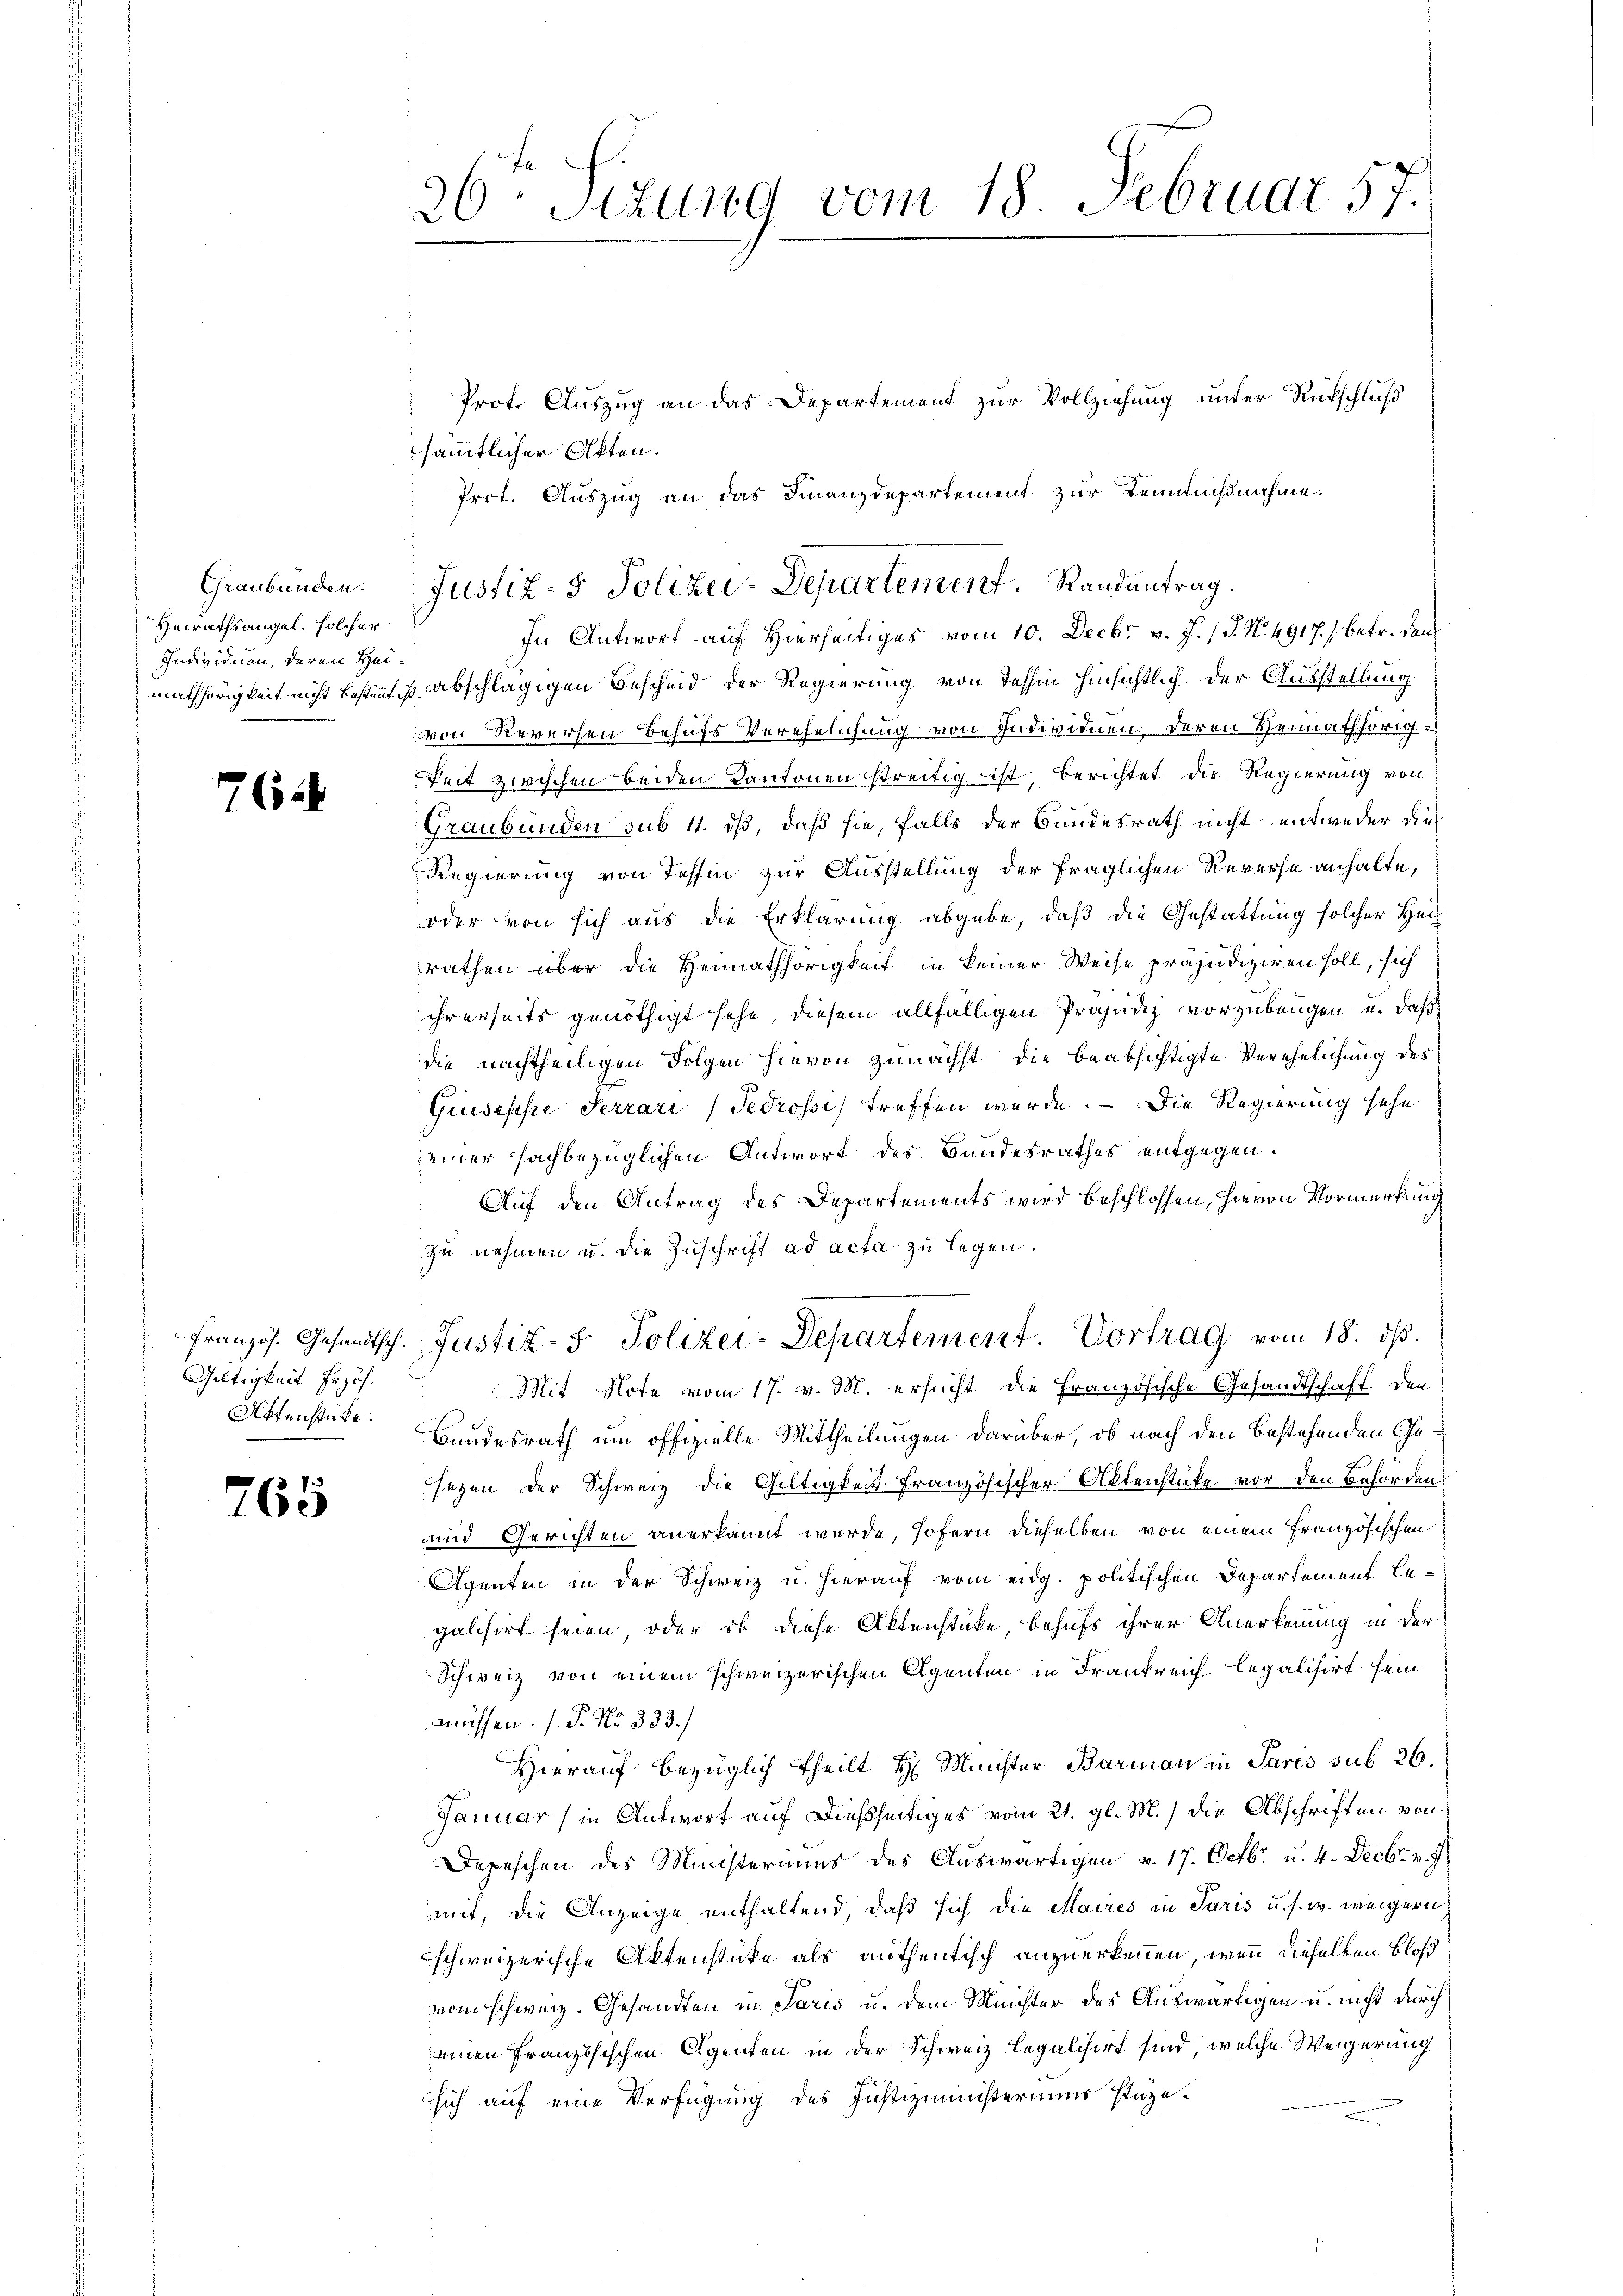
Graubünden.
Heirathsangel, solcher
Individuen, deren Hei¬

762

Giltigkeit Erhöh
Affenstücke.

765

26ten Sizung vom 18 Februar 57.

Prot. Auszug an das Departement zur Vollziehung unter Rückschluß
sämmtlicher Akten.
Prot. Auszug an das Finanzdepartement zur Kennißnahme.
In Antwort auf Hierseitiges vom 10. Decbr v. J. (T. N. 4917. s. betr. dan
mathörigkeit nicht bestimmt ist abschlägigen Bescheid der Regierung von Tessin hinsichtlich der Ausstellung
von Reversen behufs Verehelichung von Individuen deren Heimathörig¬
Zeit zwischen beiden Kantonen streitig ist, berichtet die Regierung von
Graubünden sub 11. dß, daß sie, falls der Bundesrath nicht entweder dies
Regierung von Tessin zur Ausstellung der fraglichen Reverse anhalte,
oder von sich aus die Erklärung abgebe, daß die Gestattung solcher Heil
rathen über die Heimathörigkeit in keiner Weise präjudiziren soll, sich
ihrerseits genöthigt sehe, diesem allfälligen Präjudiz vorzubeugen u. daß
die nachtheiligen Folgen hievon zunächst die beabsichtigte Verehelichung des
Giuseppe Ferrari) Tedrossi treffen wurde. Die Regierung sehe
seiner sachbezüglichen Antwort des Bandesrathes entgegen¬
Auf den Antrag des Departements wird beschlossen, hievon Vormerkung
zu nehmen u. die Zuschrift ad acta zu legen.
Französ. Gesandtsch. Justiz- & Polizei-Departement. Vortrag vom 18. ds.
Mit Note vom 17. v. M. ersucht die Französische Gesandtschaft den
Bundesrath um offizielle Mittheilungen darüber, ob nach den bestehenden Gesezen der Schweiz die Gültigkeit französischer Aktenstücke vor den Beförden
und Gerichten anerkannt werde, sofern dieselben von einem französischen
Agenten in der Schweiz u. hierauf vom eidg. politischen Departement begalisirt seien, oder ob diese Aktenstücke, behufs ihrer Anerkennung in der
Schweiz von einem schweizerischen Agenten in Frankreich legalisirt sein
müssen. (T. No 233.)
Hierauf bezüglich theilt H. Minister Barman in Paris sub 26.
Januar (in Antwort auf dießseitiges vom 21. gl. M.) die Abschriften von
Depeschen des Ministeriums des Auswärtigen v. 17. Octbr. u. 4. Decbr. v. 7.
mit, die Anzeige enthaltend, daß sich die Maires in Paris u. s. w. weigern
schweizerische Aktenstücke als authentisch anzuerkennen, wenn dieselben bloß
vom schweiz. Gesandten in Paris u. dem Meister des Auswärtigen u. nicht durch
einen Französischen Agenten in der Schweiz legalisirt sind, welche Weigerung
sich auf eine Verfügung des Justizministeriums stäze¬

Justiz- & Polizei-Departement. Randantrag.